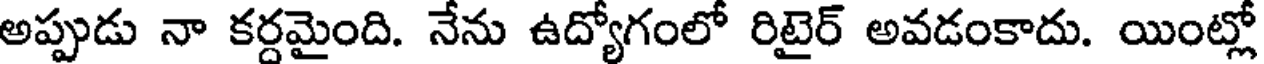
అప్పుడు నా కర్దమైంది. నేను ఉద్యోగంలో రిటైర్ అవడంకాదు. యింట్లో